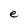
Character: e